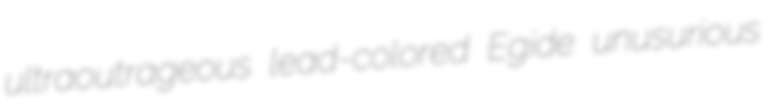
ultraoutrageous lead-colored Egide unusurious